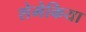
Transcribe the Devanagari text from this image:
शेमेकिया